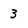
Character: 3